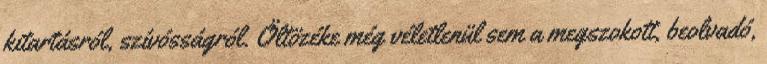
kitartásról, szívósságról. Öltözéke még véletlenül sem a megszokott, beolvadó,